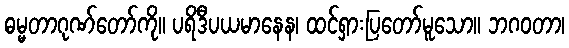
ဓမ္မတာဂုဏ်တော်ကို။ ပရိဒီပယမာနေန၊ ထင်ရှားပြတော်မူသော။ ဘဂဝတာ၊